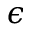
\epsilon